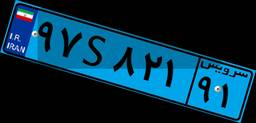
۹۷S۸۲۱۹۱